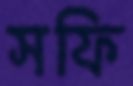
সফি